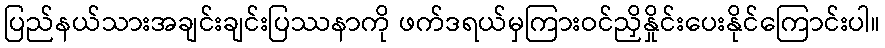
ပြည်နယ်သားအချင်းချင်းပြဿနာကို ဖက်ဒရယ်မှကြားဝင်ညှိနှိုင်းပေးနိုင်ကြောင်းပါ။